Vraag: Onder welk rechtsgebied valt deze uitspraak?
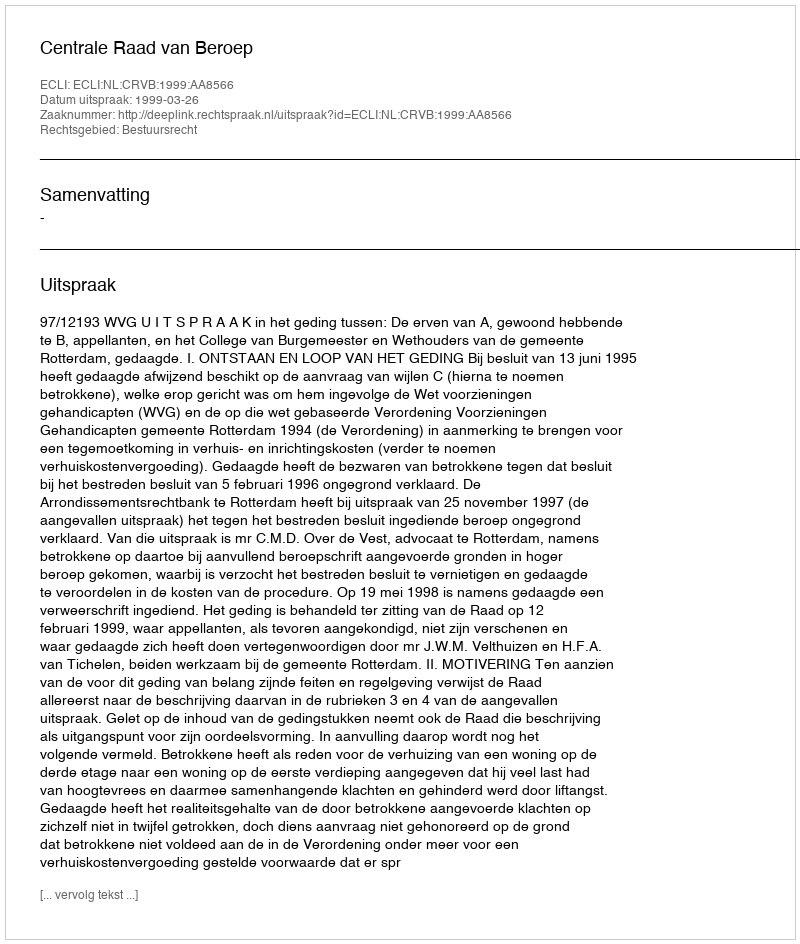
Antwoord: Bestuursrecht